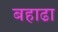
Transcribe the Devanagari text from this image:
बहाढा